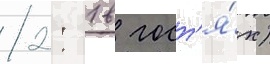
2: 1 в гост'я́х)